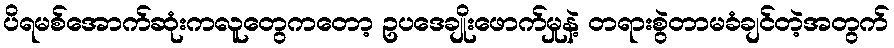
ပိရမစ်အောက်ဆုံးကလူတွေကတော့ ဥပဒေချိုးဖောက်မှုနဲ့ တရားစွဲတာမခံချင်တဲ့အတွက်